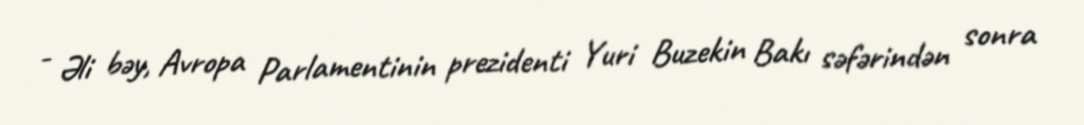
- Əli bəy, Avropa Parlamentinin prezidenti Yuri Buzekin Bakı səfərindən sonra